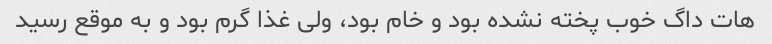
هات داگ خوب پخته نشده بود و خام بود، ولی غذا گرم بود و به موقع رسید